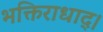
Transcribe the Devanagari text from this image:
भक्तिराधाद्।